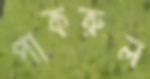
পাকরুল